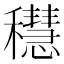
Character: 𥣴